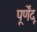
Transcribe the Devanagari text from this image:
पूर्णेंदू